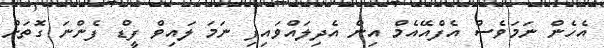
އެހެން ނަމަވެސް އެފްއޭއެމް އިން އެދިލައްވައިފި ނަމަ ލައިވް ފީޑް ފެންނަ ގޮތަށް